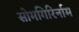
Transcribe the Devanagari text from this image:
सोमगिरिर्नाम